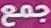
جمع